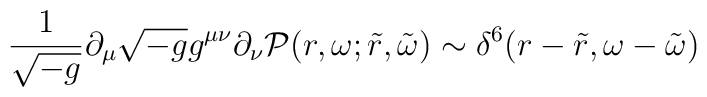
\frac{1}{ \sqrt{-g}}  \partial_\mu \sqrt{-g} g^{\mu \nu}\partial_\nu{\cal P} (r, \omega; \tilde{r},\tilde{\omega})\sim \delta^6 ( r-\tilde{r}, \omega -\tilde{\omega})